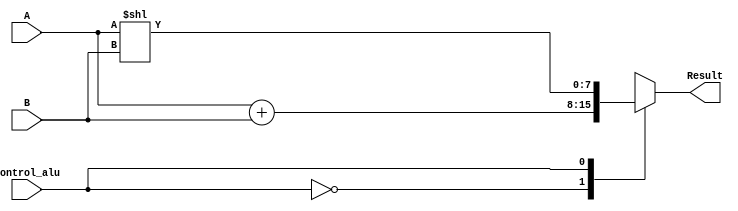
//ALU

module ALU(input [7:0] A,input [7:0] B,input Control_alu,output reg [7:0] Result);
  
  always@(A,B,Control_alu)
  begin 
    
    case (Control_alu)
      
        1'b0 : Result = A + B;
	1'b1 : Result = A << B;  
	 	  
      default : $display("Invalid ALU control signal");
      
    endcase
  end
endmodule